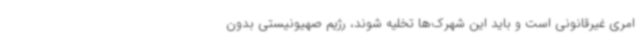
امری غیرقانونی است و باید این شهرک‌ها تخلیه شوند، رژیم صهیونیستی بدون